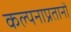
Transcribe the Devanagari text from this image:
कल्पनाप्रतानों